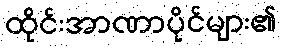
ထိုင်းအာဏာပိုင်များ၏